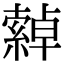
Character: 𦅕